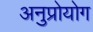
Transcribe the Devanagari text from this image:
अनुप्रोयोग